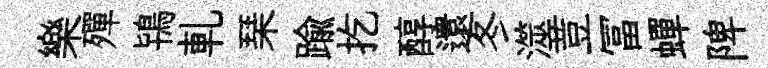
樂殫鴇軋琹踰扢醇還冬澨荳冨蟬陴